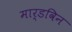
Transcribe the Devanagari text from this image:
मार्डविन